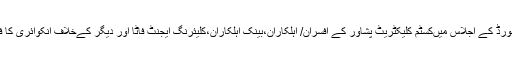
نیب نے ایگزیٹو بورڈ کے اجلاس میںکسٹم کلیکٹریٹ پشاور کے افسران/ اہلکاران،بینک اہلکاران،کلیئرنگ ایجنٹ فاٹا اور دیگر کےخلاف انکوائری کا فیصلہ کیا گیا ہے۔